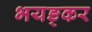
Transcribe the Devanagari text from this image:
भयङ्कर